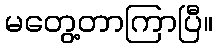
မတွေ့တာကြာပြီ။